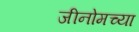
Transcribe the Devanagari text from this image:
जीनोमच्या